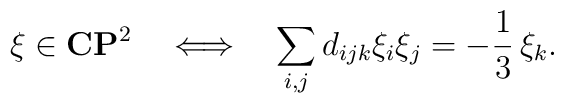
\xi\in {\bf C}{\bf P}^2\ \ \ \Longleftrightarrow\ \ \ \sum_{i,j}d_{ijk}\xi_i\xi_j=-\frac{1}{3}\,\xi_k.